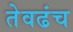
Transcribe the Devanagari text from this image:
तेवढंच